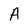
Character: A